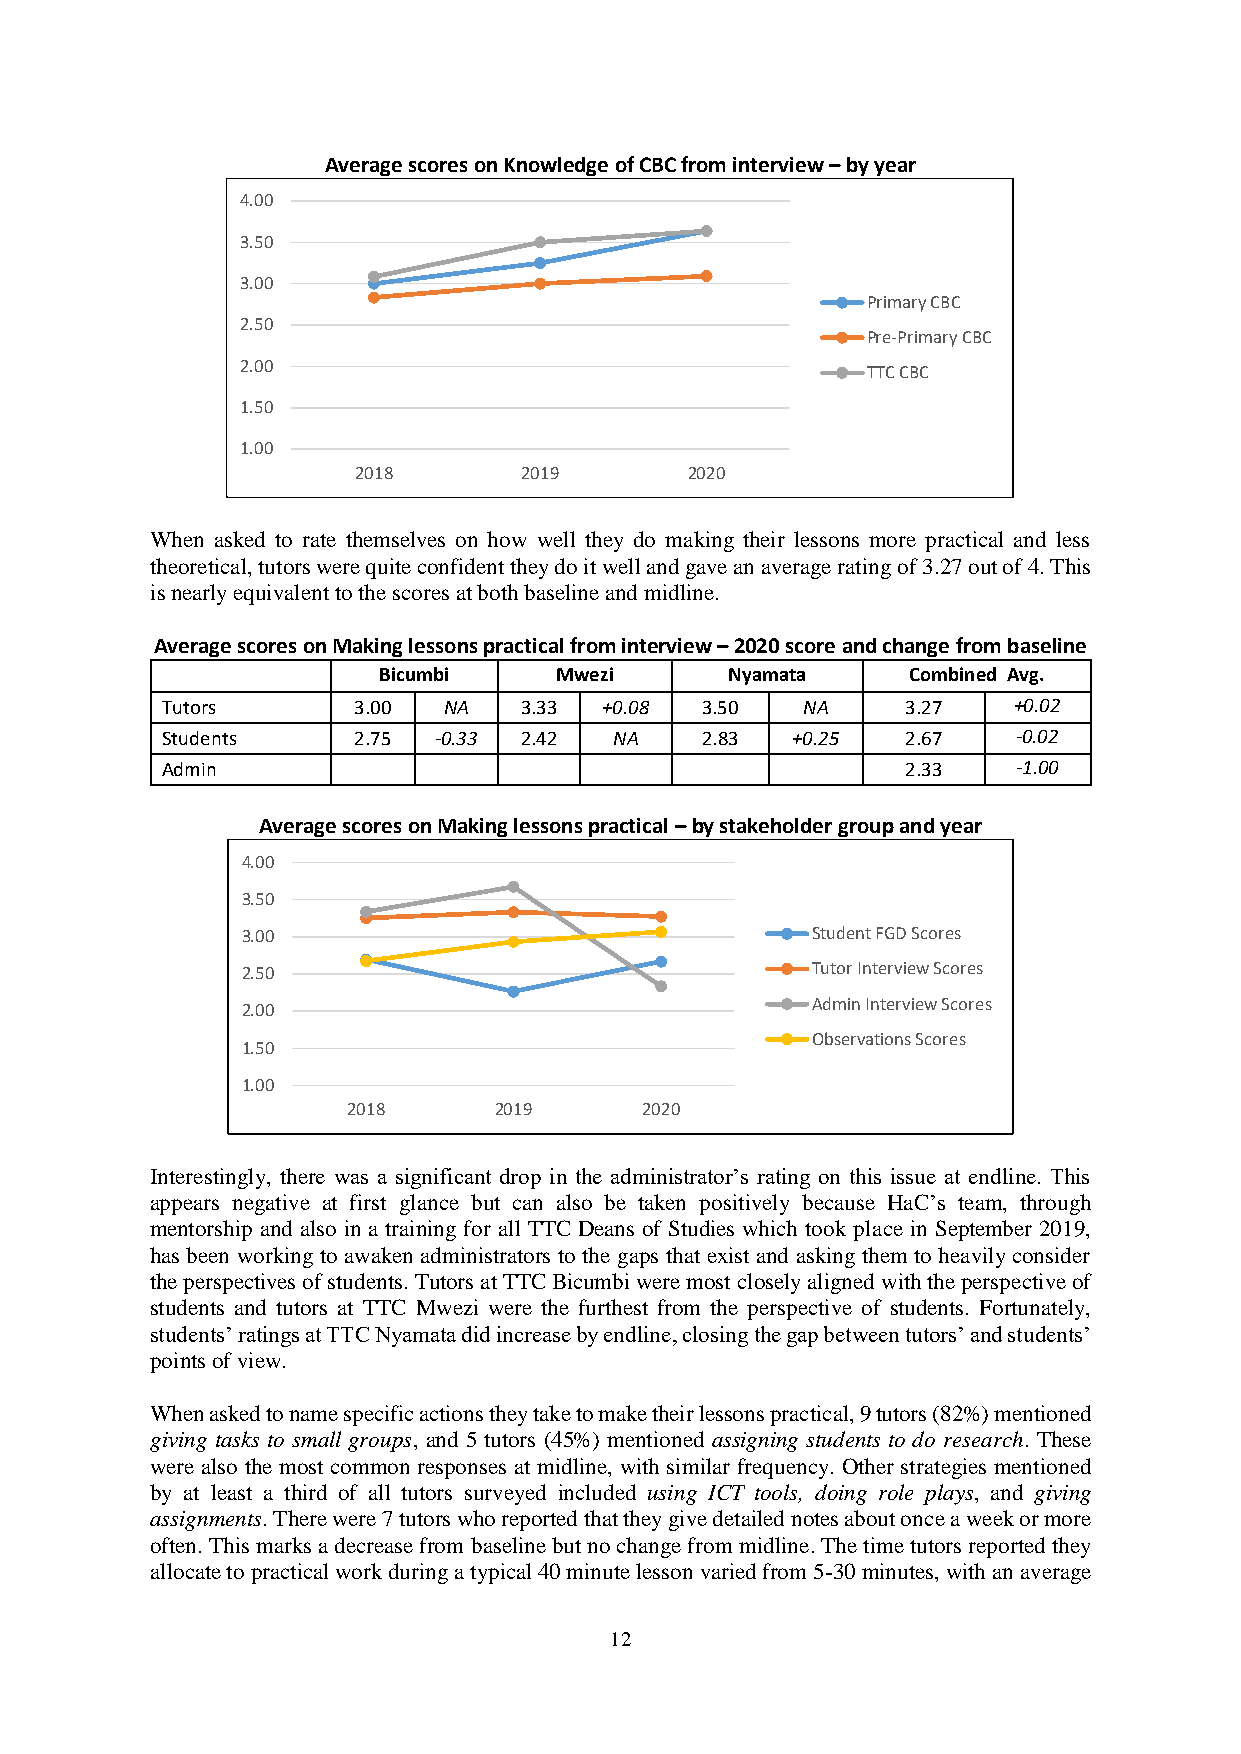
Average scores on Knowledge of CBC from interview – by year
 4.00
 3.50
 3.00
 Primary CBC
 2.50
 Pre-Primary CBC
 2.00
 TTC CBC
 1.50
 1.00
 2018        2019       2020
 When asked to rate themselves on how well they do making their lessons more practical and less
 theoretical, tutors were quite confident they do it well and gave an average rating of 3.27 out of 4. This
 is nearly equivalent to the scores at both baseline and midline.
 Average scores on Making lessons practical from interview – 2020 score and change from baseline
 Bicumbi     Mwezi      Nyamata     Combined Avg.
 Tutors      3.00  NA   3.33  +0.08 3.50   NA     3.27   +0.02
 Students    2.75  -0.33 2.42  NA   2.83  +0.25   2.67   -0.02
 Admin                                            2.33   -1.00
 Average scores on Making lessons practical – by stakeholder group and year
 4.00
 3.50
 3.00                                  Student FGD Scores
 2.50                                  Tutor Interview Scores
 Admin Interview Scores
 2.00
 Observations Scores
 1.50
 1.00
 2018      2019     2020
 Interestingly, there was a significant drop in the administrator’s rating on this issue at endline. This
 appears negative at first glance but can also be taken positively because HaC’s team, through
 mentorship and also in a training for all TTC Deans of Studies which took place in September 2019,
 has been working to awaken administrators to the gaps that exist and asking them to heavily consider
 the perspectives of students. Tutors at TTC Bicumbi were most closely aligned with the perspective of
 students and tutors at TTC Mwezi were the furthest from the perspective of students. Fortunately,
 students’ ratings at TTC Nyamata did increase by endline, closing the gap between tutors’ and students’
 points of view.
 When asked to name specific actions they take to make their lessons practical, 9 tutors (82%) mentioned
 giving tasks to small groups, and 5 tutors (45%) mentioned assigning students to do research. These
 were also the most common responses at midline, with similar frequency. Other strategies mentioned
 by at least a third of all tutors surveyed included using ICT tools, doing role plays, and giving
 assignments. There were 7 tutors who reported that they give detailed notes about once a week or more
 often. This marks a decrease from baseline but no change from midline. The time tutors reported they
 allocate to practical work during a typical 40 minute lesson varied from 5-30 minutes, with an average
 12